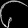
Digit: ၆